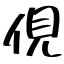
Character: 俔